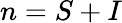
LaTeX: n=S+I